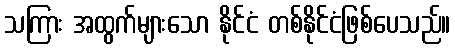
သကြား အထွက်များသော နိုင်ငံ တစ်နိုင်ငံဖြစ်ပေသည်။